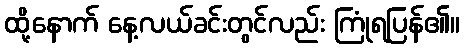
ထို့နောက် နေ့လယ်ခင်းတွင်လည်း ကြုံရပြန်၏။